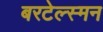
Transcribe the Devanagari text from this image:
बरटेल्स्मन